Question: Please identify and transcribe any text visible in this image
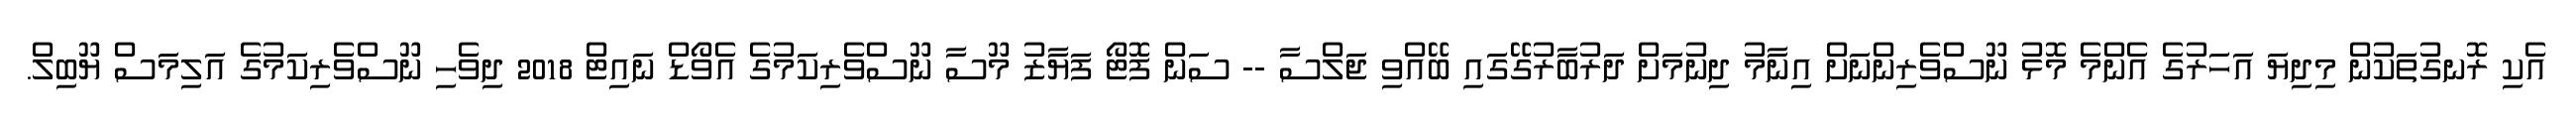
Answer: އެކި ރޮނގުތަކުން މިދިޔަ އަހަރުގެ އެންމެ މޮޅު ނޫސްވެރިންނަށް އިނާމު ދިނުމަށް ދަރުބާރުގޭގައި ބޭއްވި ޖަލްސާ -- ސަން ފޮޓޯ ފަޔާޒު މޫސާ ނޫސްވެރިކަމުގެ އެވޯޑް ނައިޓް 2018 ދިވެހި ނޫސްވެރިކަމުގެ އަލިމަސް ޔޫބިލް.